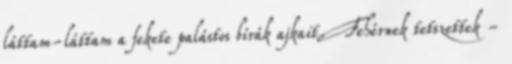
láttam-láttam a fekete palástos bírák ajkait. Fehérnek tetszettek -